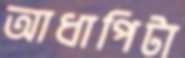
আধাপিটা